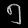
Digit: ၅